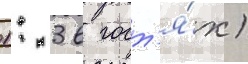
1: 3 в гост'я́х)